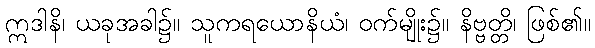
ဣဒါနိ၊ ယခုအခါ၌။ သူကရယောနိယံ၊ ဝက်မျိုး၌။ နိဗ္ဗတ္တိ၊ ဖြစ်၏။